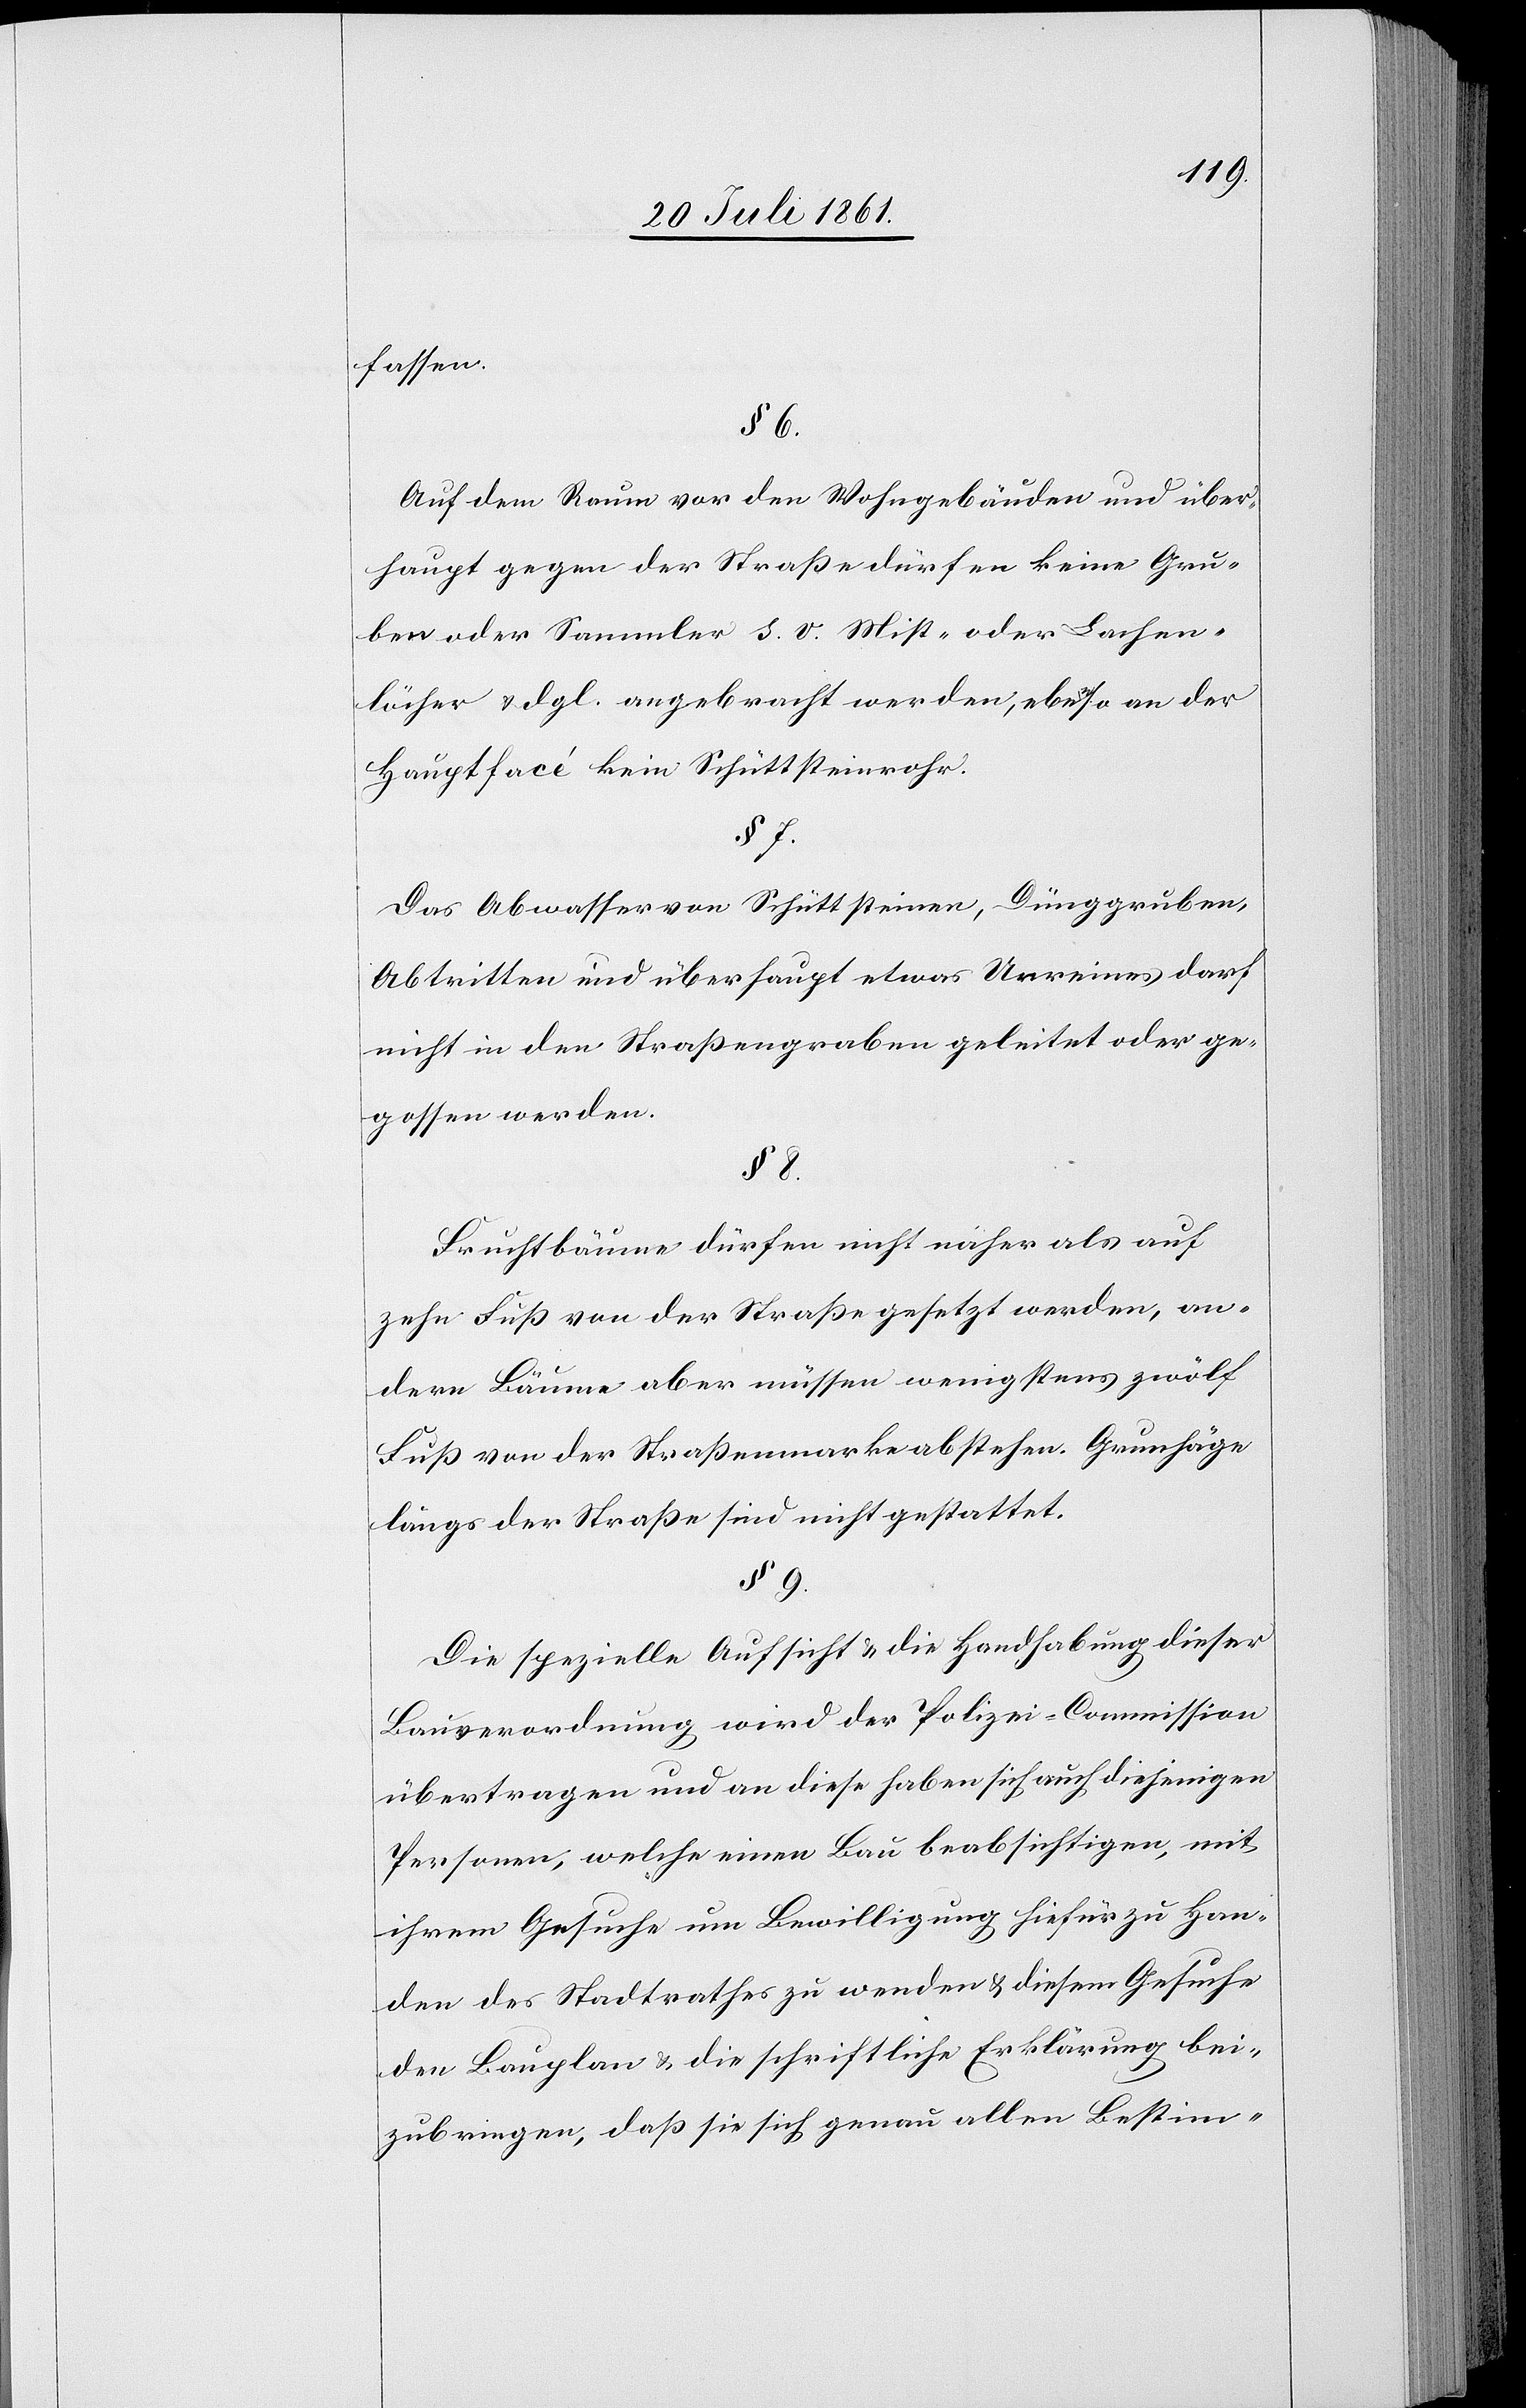
fassen.
§ 6.
Auf den Raum von den Wohngebäuden und über¬
haupt gegen der Straße dürfen keine Gru¬
ben oder Sammler s. v. Mist- oder Lachen¬
löcher u. dgl. angebracht werden, ebenso an der
Hauptfacé kein Schüttsteinrohr.
§ 7.
Das Abwasser von Schüttsteinen, Dünggruben,
Abtritten und überhaupt etwas Unreines darf
nicht in den Straßengraben geleitet oder ge¬
gossen werden.
§ 8.
Fruchtbäume dürfen nicht näher als auf
zehn Fuß von der Straße gesetzt werden, an¬
dere Bäume aber müssen wenigstens zwölf
Fuß von der Straßenmarke abstehen. Grunhäge
längs der Straße sind nicht gestattet.
§ 9.
Die spezielle Aufsicht u. die Handhabung dieser
Bauverordnung wird der Polizei-Commission
übertragen und an diese haben sich auch diejenigen
Personen, welche einen Bau beabsichtigen, mit
ihrem Gesuche um Bewilligung hiefür zu Han¬
den des Stadtrathes zu wenden u. diesem Gesuche
den Bauplan u. die schriftliche Erklärung bei¬
zubringen, daß sie sich genau allen Bestim-